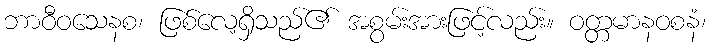
ဘာဝီဝသေနစ၊ ဖြစ်လေ့ရှိသည်၏ အစွမ်းအားဖြင့်လည်း။ ဝတ္တမာနဝစနံ၊